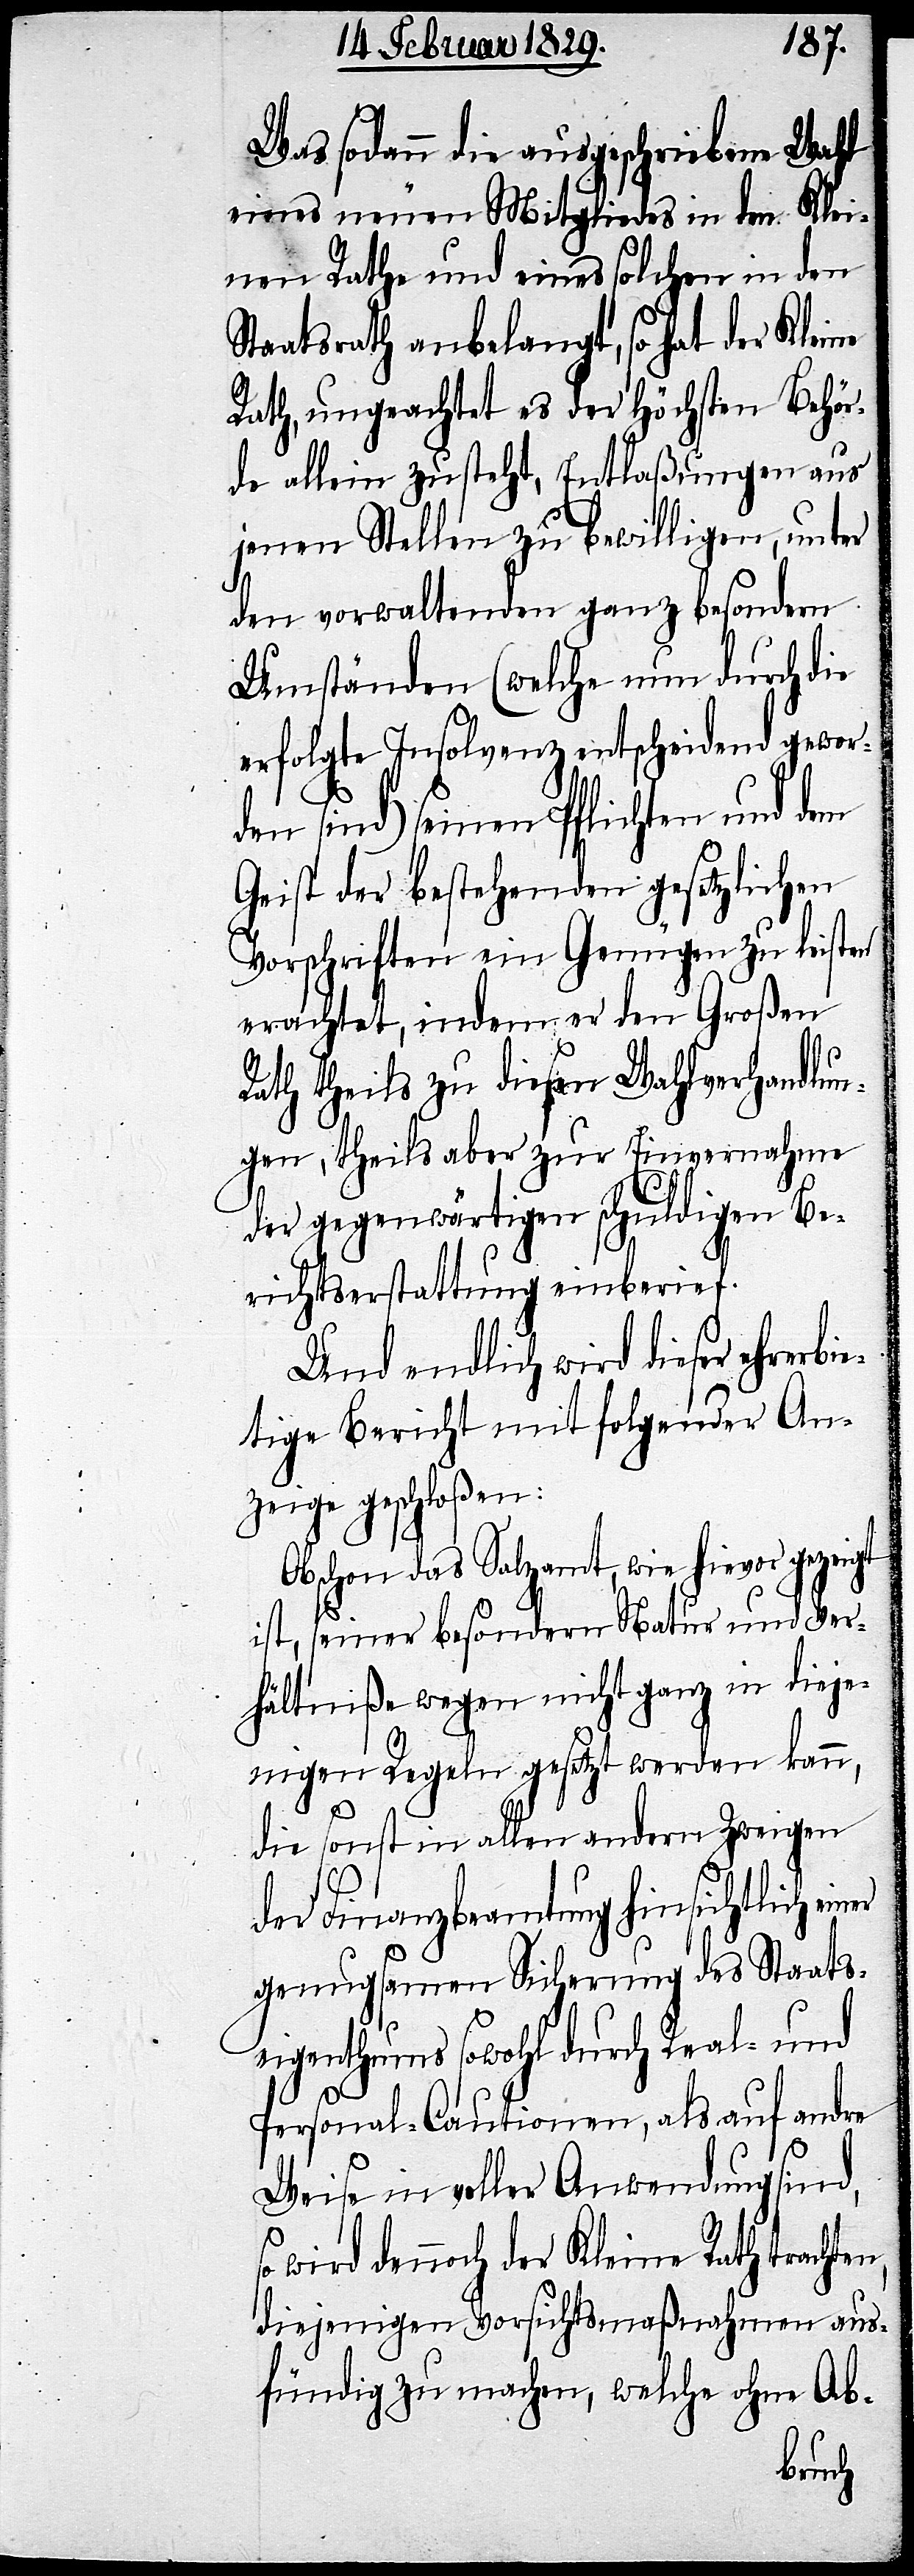
Was sodann die ausgeschriebene Wahl
eines neuen Mitgliedes in den Klei¬
nen Rathe und eines solchen in den
Staatsrath anbelangt, so hat der Kleine
Rath, ungeachtet es der Höchsten Behör¬
de allein zusteht, Entlaßungen aus
jenen Stellen zu bewilligen, unter
den vorwaltenden ganz besondern
Umständen (welche nun durch die
erfolgte Insolvenz entscheidend gewor¬
den sind) seinen Pflichten und dem
Geist der bestehenden gesetzlichen
Vorschriften ein Genügen zu leisten
erachtet, indem er den Großen
Rath theils zu diesen Wahlverhandlun¬
gen, theils zur Einvernahme
der gegenwärtigen schuldigen Be¬
richterstattung einberief.
Und endlich wird dieser ehrerbi¬
etige Bericht mit folgender An¬
zeige geschloßen:
Obschon das Salzamt, wie hievor gezeigt
n,
ist, seiner besondern Natur und Ver¬
hältniße wegen nicht ganz in dieje¬
nigen Regeln gesetzt werden kann,
die sonst in allen andern Zweigen
der Finanzbeamtung hinsichtlich
genugsamen Sicherung des Staats¬
eigenthums sowohl durch Real- und
Personal-Cautionen, als auf andre
Weise in voller Anwendung sind,
wird dennoch der Kleine Rath trachte¬
diejenigen Vorsichtsmaßnahmen aus¬
fündig zu machen, welche ohne Ab-